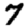
Digit: 7